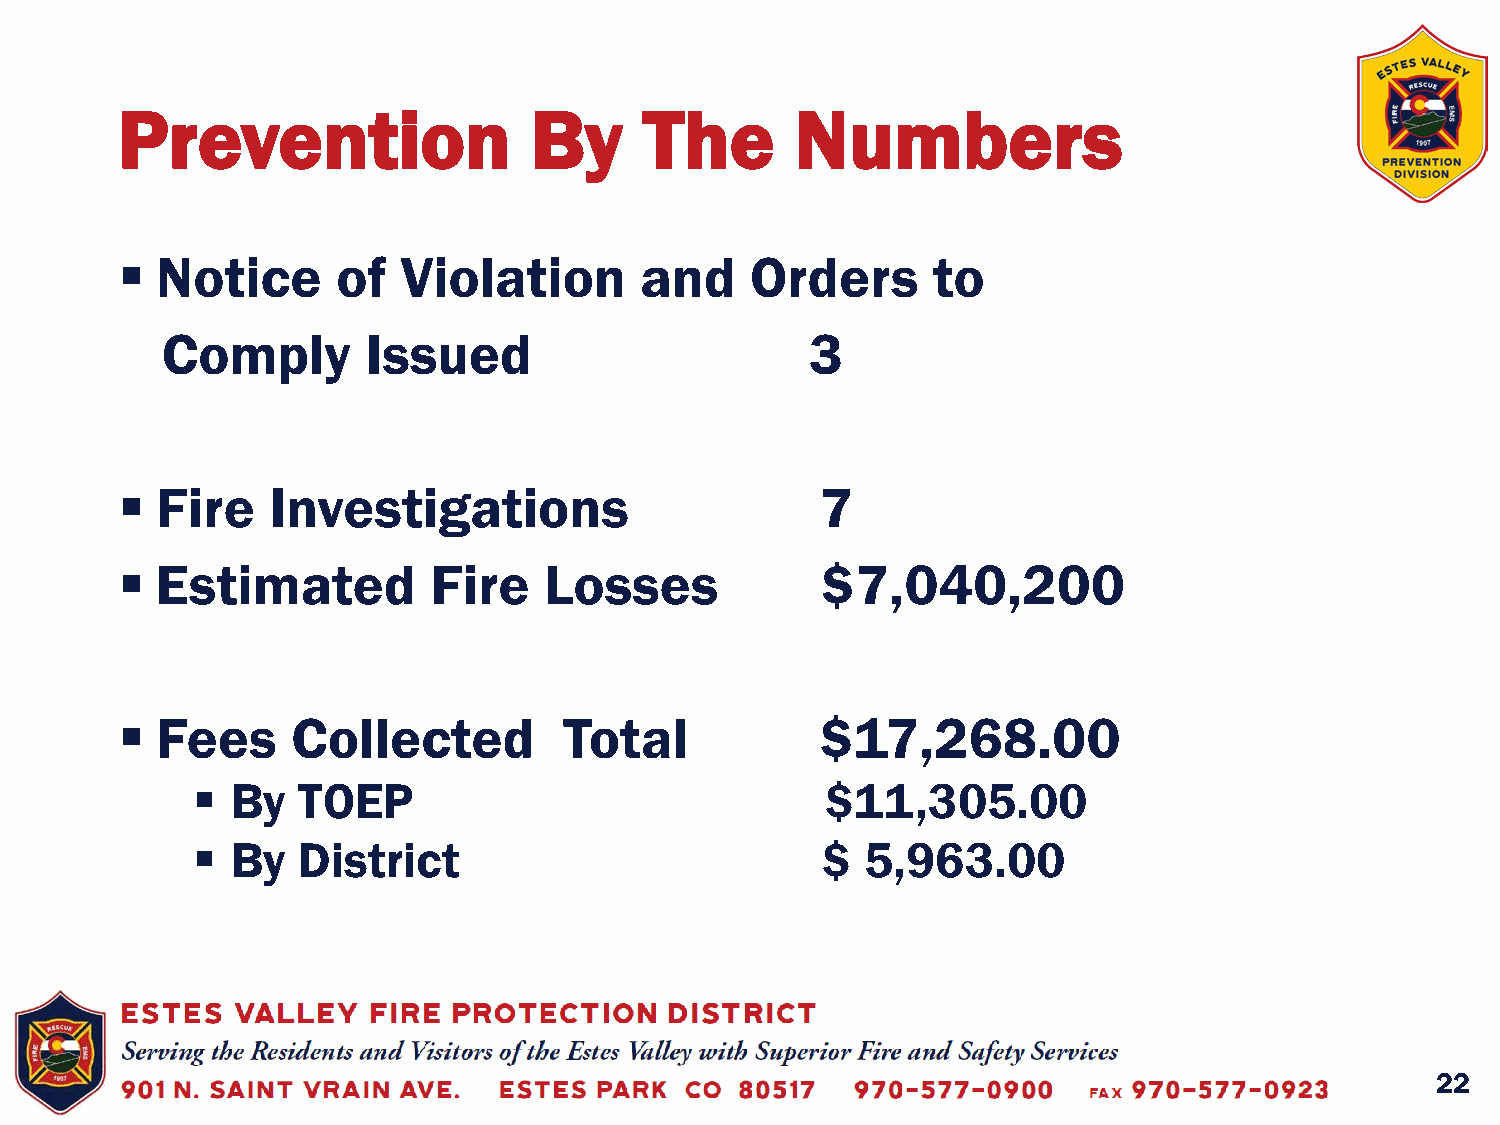
Prevention                 By      The       Numbers
  Notice      of   Violation      and     Orders      to
 Comply       Issued                        3
  Fire    Investigations                      7
  Estimated         Fire    Losses            $7,040,200
  Fees     Collected         Total            $17,268.00
  By   TOEP                               $11,305.00
  By   District                          $  5,963.00
 22